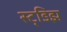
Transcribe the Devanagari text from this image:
स्ट्डिझ